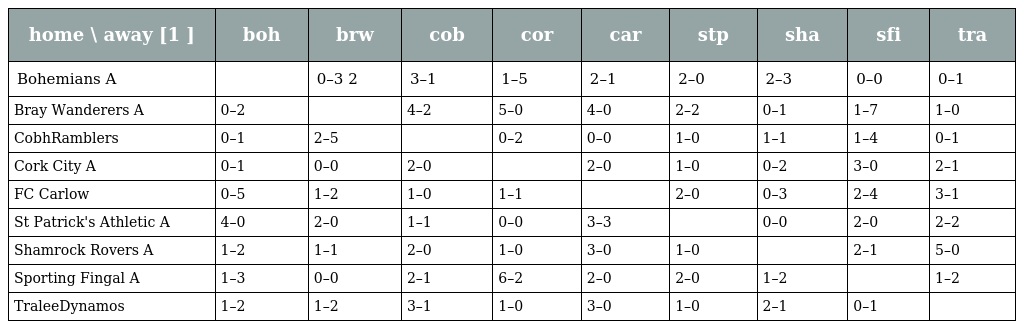
| home \ away [1 ] | boh | brw | cob | cor | car | stp | sha | sfi | tra |
 | --- | --- | --- | --- | --- | --- | --- | --- | --- | --- |
 | Bohemians A |  | 0–3 2 | 3–1 | 1–5 | 2–1 | 2–0 | 2–3 | 0–0 | 0–1 |
 | Bray Wanderers A | 0–2 |  | 4–2 | 5–0 | 4–0 | 2–2 | 0–1 | 1–7 | 1–0 |
 | CobhRamblers | 0–1 | 2–5 |  | 0–2 | 0–0 | 1–0 | 1–1 | 1–4 | 0–1 |
 | Cork City A | 0–1 | 0–0 | 2–0 |  | 2–0 | 1–0 | 0–2 | 3–0 | 2–1 |
 | FC Carlow | 0–5 | 1–2 | 1–0 | 1–1 |  | 2–0 | 0–3 | 2–4 | 3–1 |
 | St Patrick's Athletic A | 4–0 | 2–0 | 1–1 | 0–0 | 3–3 |  | 0–0 | 2–0 | 2–2 |
 | Shamrock Rovers A | 1–2 | 1–1 | 2–0 | 1–0 | 3–0 | 1–0 |  | 2–1 | 5–0 |
 | Sporting Fingal A | 1–3 | 0–0 | 2–1 | 6–2 | 2–0 | 2–0 | 1–2 |  | 1–2 |
 | TraleeDynamos | 1–2 | 1–2 | 3–1 | 1–0 | 3–0 | 1–0 | 2–1 | 0–1 |  |